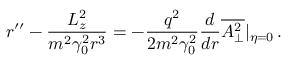
r ^ { \prime \prime } - \frac { L _ { z } ^ { 2 } } { m ^ { 2 } \gamma _ { 0 } ^ { 2 } r ^ { 3 } } = - \frac { q ^ { 2 } } { 2 m ^ { 2 } \gamma _ { 0 } ^ { 2 } } \frac { d } { d r } \overline { { A _ { \perp } ^ { 2 } } } | _ { \eta = 0 } \, .